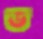
ড্র